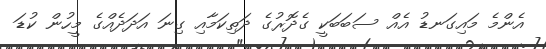
އެންމެ މައިގަނޑު އެއް ސަބަބަކީ ގެދޮރުގެ ދަތިކަމާއި ގިނަ އަދަދެއްގެ މީހުން ކުޑަ